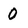
Character: 0